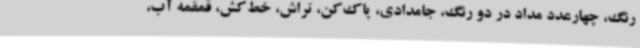
رنگ، چهارعدد مداد در دو رنگ، جامدادی، پاک‌کن، تراش، خط‌کش، قمقمه آب،